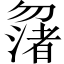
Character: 𠤆